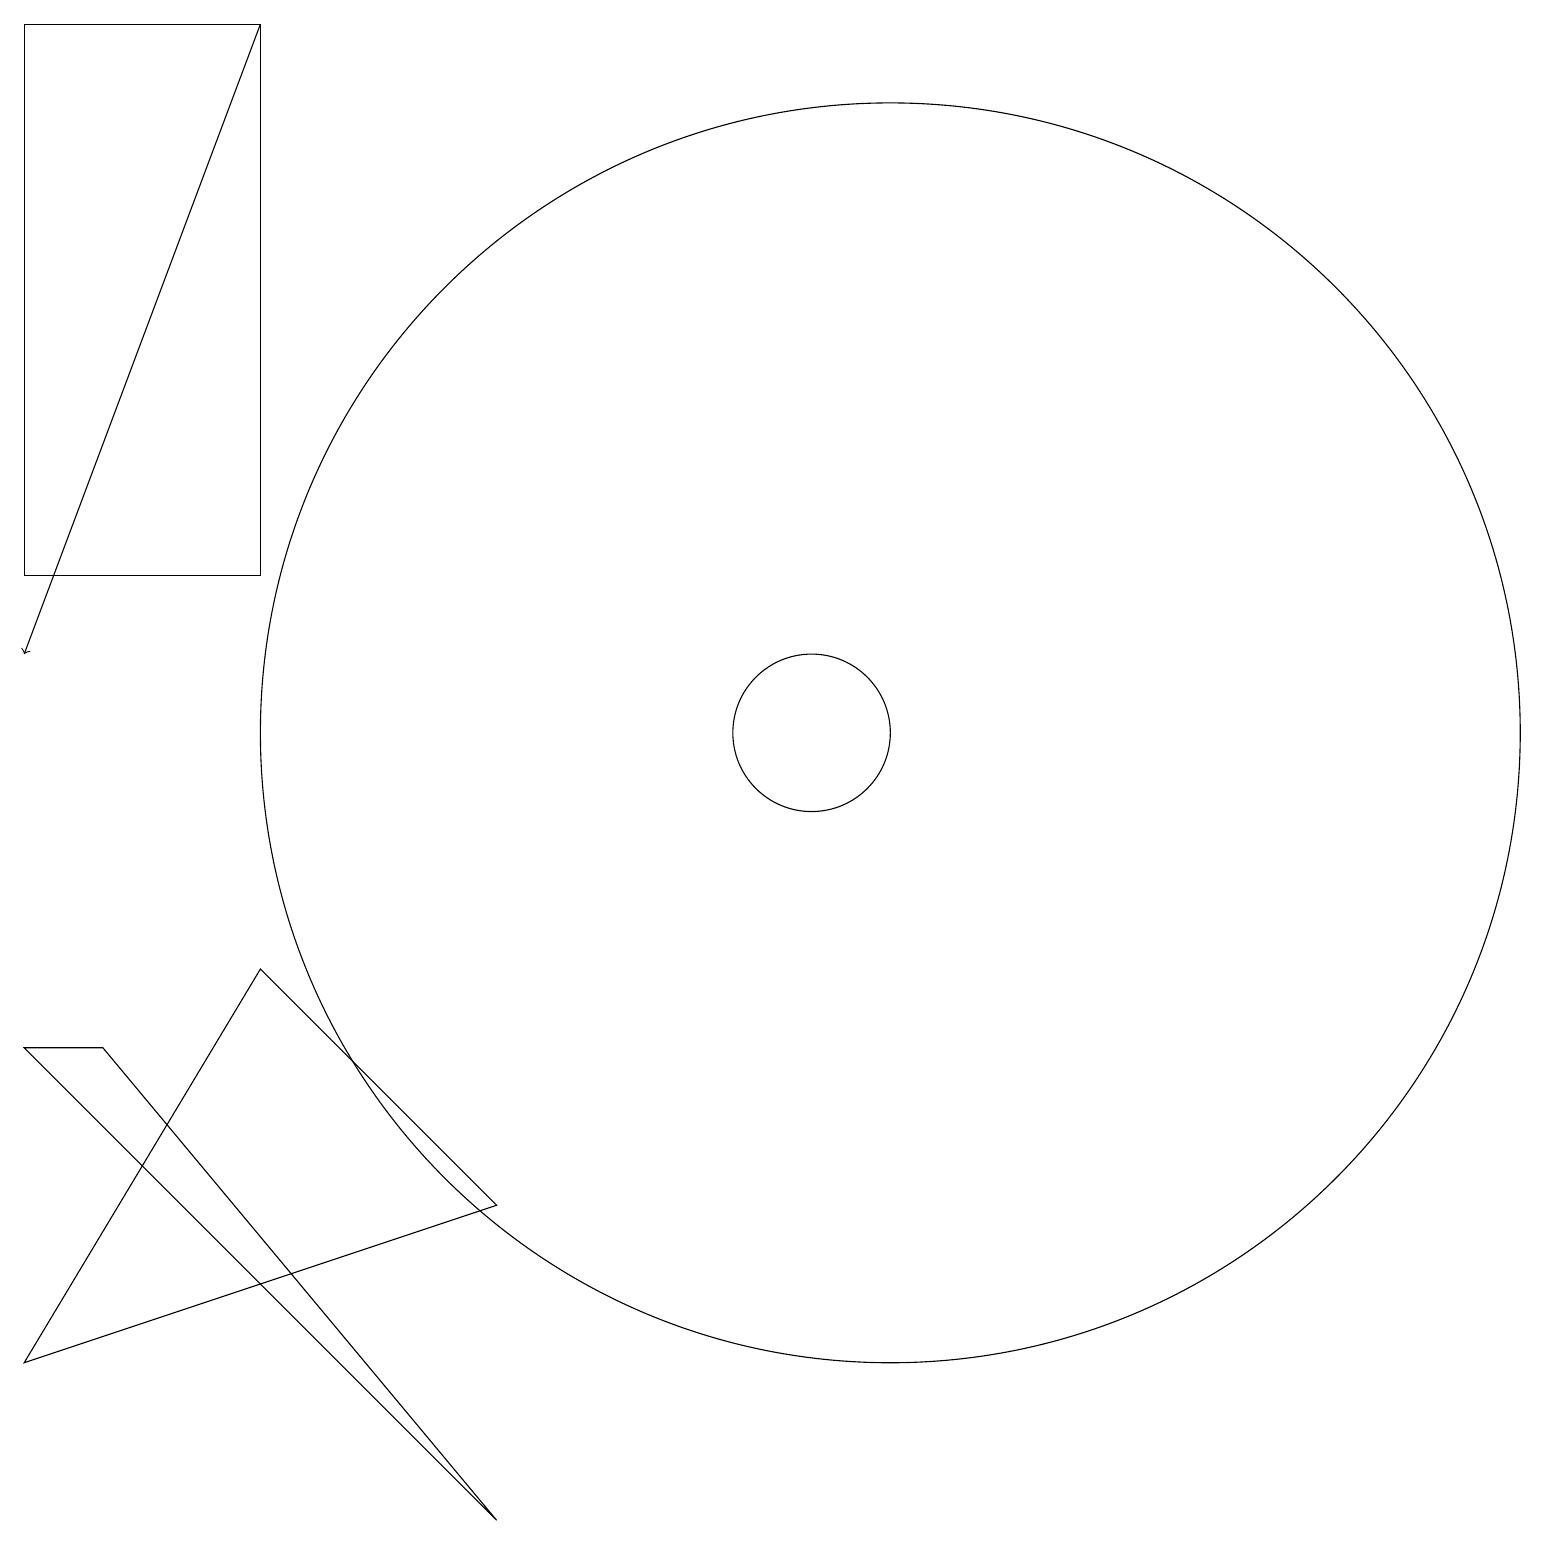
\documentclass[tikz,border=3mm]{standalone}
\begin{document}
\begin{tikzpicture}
\draw (3,7) -- (0,2) -- (6,4) -- cycle;
\draw (0,19) rectangle (3,12);
\draw (0,6) -- (1,6) -- (6,0) -- cycle;
\draw (11,10) circle (0);
\draw[->] (3,19) -- (0,11);
\draw (11,10) circle (8);
\draw (10,10) circle (1);
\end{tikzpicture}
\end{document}